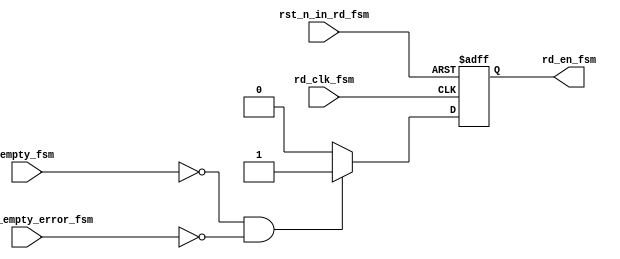
//READ FSM
module rd_fsm #(parameter s0=0,
		parameter s1=1)
	       (output rd_en_fsm,
		input rd_clk_fsm,
		input empty_fsm,
		input pop_on_empty_error_fsm,
		input rst_n_in_rd_fsm);
reg ps;
wire ns;
always@(posedge rd_clk_fsm or negedge rst_n_in_rd_fsm)
begin
	if(!rst_n_in_rd_fsm)	ps<=s0;
	else			ps<=ns;
end
assign rd_en_fsm = ps;	// if ps = s0 rd_en_fsm = 0 which is s0 else rd_en_fsm = 1 which is s1. So, simply rd_en_fsm=ps
assign ns=(!empty_fsm && !pop_on_empty_error_fsm) ? s1: s0;
endmodule